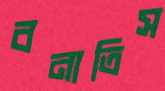
বনাতিস